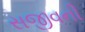
સજીવની